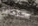
صادف